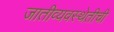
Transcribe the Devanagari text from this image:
जातीव्यवस्थेतीची